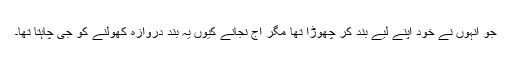
جو انہوں نے خود اپنے لیے بند کر چھوڑا تھا مگر آج نجانے کیوں یہ بند دروازہ کھولنے کو جی چاہتا تھا۔